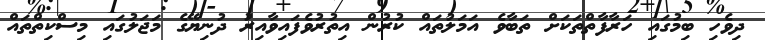
ދިވެހި ބިމުގައި ހަރާފާތްތަކަށް ތަބާވެ އަމަލުތައް ކުރުން އިތުރުވެފައިވާއިރު ދުނިޔޭގެ މަޖަލުގައި މިސްކިތްތައް